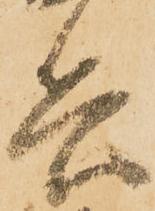
兵